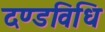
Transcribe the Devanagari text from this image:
दण्डविधि